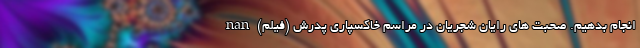
انجام بدهیم. صحبت های رایان شجریان در مراسم خاکسپاری پدرش (فیلم) nan